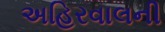
અહિરવાલની